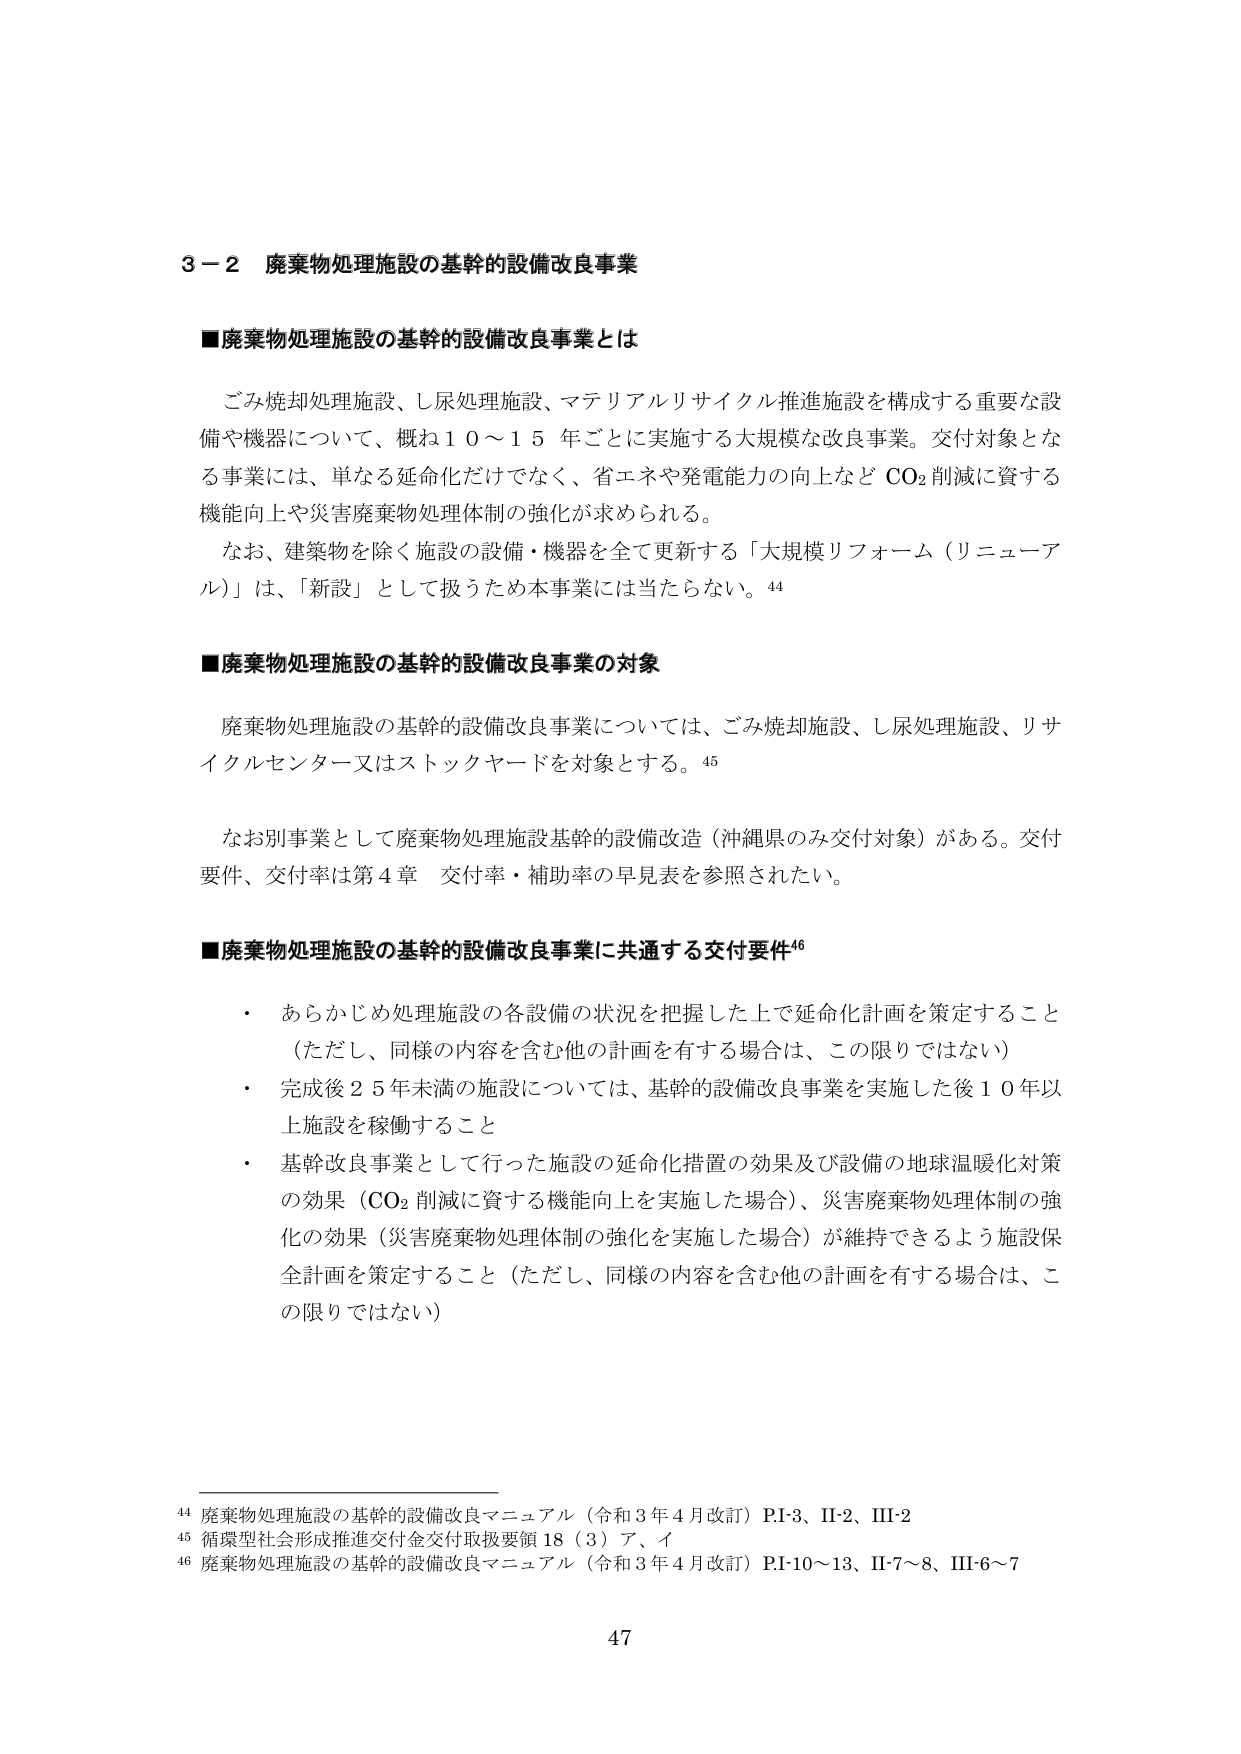
3－2 廃棄物処理施設の基幹的設備改良事業

■廃棄物処理施設の基幹的設備改良事業とは

ごみ焼却処理施設、し尿処理施設、マテリアルリサイクル推進施設を構成する重要な設備や機器について、概ね10～15年ごとに実施する大規模な改良事業。交付対象となる事業には、単なる延命化だけでなく、省エネや発電能力の向上などCO₂削減に資する機能向上や災害廃棄物処理体制の強化が求められる。

なお、建築物を除く施設の設備・機器を全て更新する「大規模リフォーム（リニューアル）」は、「新設」として扱うため本事業には当たらない。44

■廃棄物処理施設の基幹的設備改良事業の対象

廃棄物処理施設の基幹的設備改良事業については、ごみ焼却施設、し尿処理施設、リサイクルセンター又はストックヤードを対象とする。45

なお別事業として廃棄物処理施設基幹的設備改造（沖縄県のみ交付対象）がある。交付要件、交付率は第4章 交付率・補助率の早見表を参照されたい。

■廃棄物処理施設の基幹的設備改良事業に共通する交付要件46

・ あらかじめ処理施設の各設備の状況を把握した上で延命化計画を策定すること（ただし、同様の内容を含む他の計画を有する場合は、この限りではない）

・ 完成後25年未満の施設については、基幹的設備改良事業を実施した後10年以上施設を稼働すること

・ 基幹改良事業として行った施設の延命化措置の効果及び設備の地球温暖化対策の効果（CO₂削減に資する機能向上を実施した場合）、災害廃棄物処理体制の強化の効果（災害廃棄物処理体制の強化を実施した場合）が維持できるよう施設保全計画を策定すること（ただし、同様の内容を含む他の計画を有する場合は、この限りではない）

44 廃棄物処理施設の基幹的設備改良マニュアル（令和3年4月改訂）P.I-3、II-2、III-2
45 循環型社会形成推進交付金交付取扱要領18（3）ア、イ
46 廃棄物処理施設の基幹的設備改良マニュアル（令和3年4月改訂）P.I-10～13、II-7～8、III-6～7

47